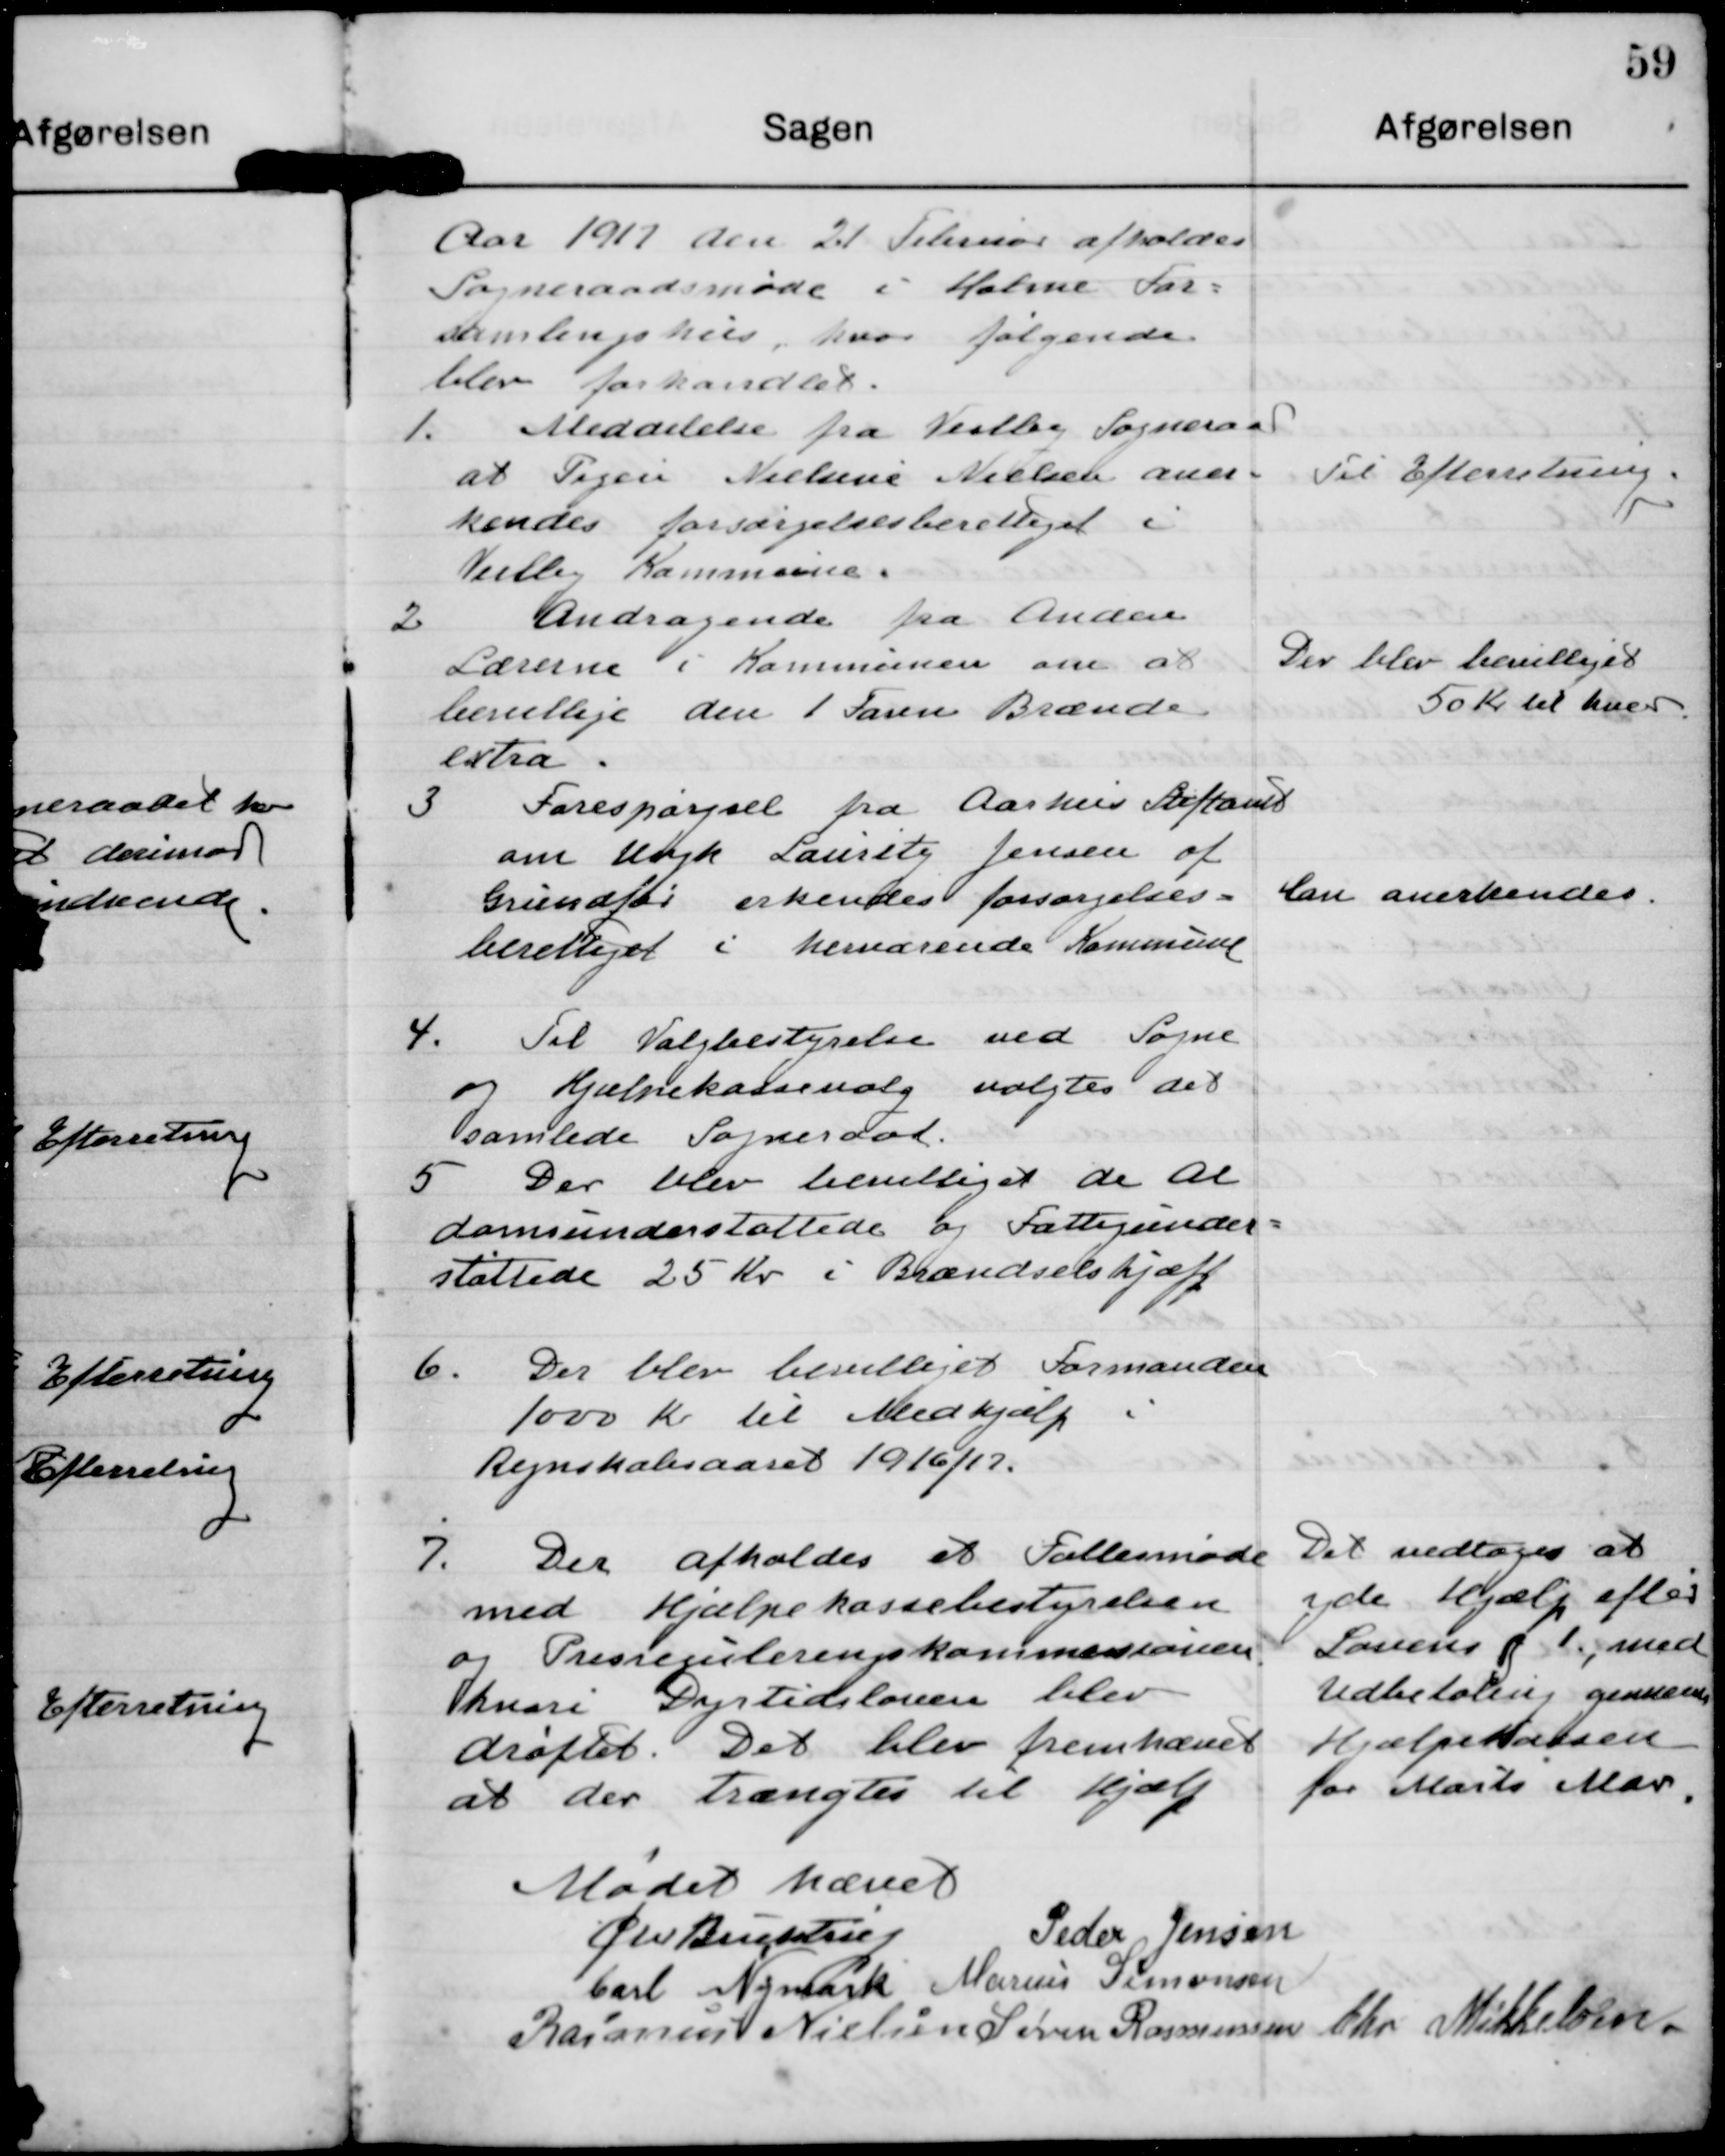
Transskription:
Aar 1917 den 21 Februar afholdes
Sogneraadsmøde i Holme For-
samlingshus, hvor følgende
blev forhandlet.

1. Meddelelse fra Veilby Sogneraad
at Pigen Nielsine Nielsen aner-
kendes forsørgelsesberettiget i
Veilby Kommune.

Til Efterretning

2 Andragende fra Anden
Lærerne i Kommunen om at
bevillige dem 1 Favn Brænde
extra.

Der blev bevilliget
50 Kr til hver

3 Forespørgsel fra Aarhus Statsamt
om Ungk Lauritz Jensen af
Grundfør erkendes forsørgelses-
berettiget i herværende Kommune

Han Anerkendes

4. Til Valgbestyrelsen ved Sogne
og Hjælpekassevalg valgtes det
samlede Sogneraad.

5 Der blev bevilliget de Al
domsunderstøttede og Fattigunder-
støttede 25 Kr i Brændselshjælp

6. Der blev bevilliget Formanden
1000 kr til Medhjælp i
Regnskabsaaret 1916/17.

7. Der afholdes et Fællesmøde
med Hjælpekassebestyrelsen
og Prisreguleringskommisionen
hvori Dyrtidsloven blev
drøftet. Det blev fremhævet
at der trængtes til hjælp

Det vedtages at
yde Hjælp efter
Lovens §1 med
Udbetaling gennem
Hjælpekassen
for Marts Mdr.

Mødet hævet

Chr Buchtrup

Peder Jensen

Carl Nymark

Marius Simonsen

Rasmus Nielsen

Søren Rasmussen

Chr Mikkelsen